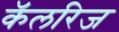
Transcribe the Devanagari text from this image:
कॅलरिज